Report of the Municipal Commissioner on the plague in Bombay for the year ending 31st May... - Volume 1
Disease focus: Plague
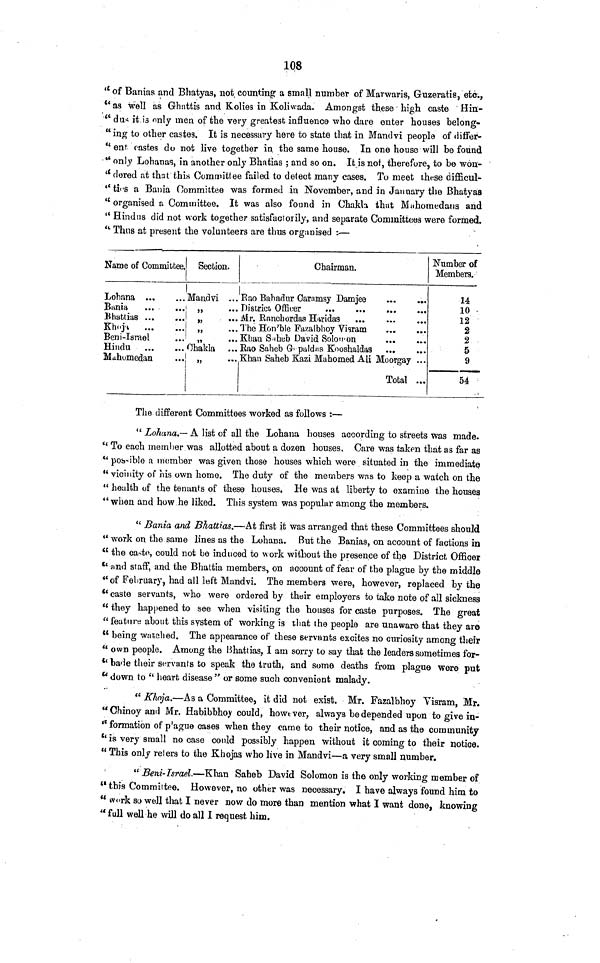
108
" of Banias and Bhatyas, not counting a small number of Marwaris, Guzeratis, etc.,
"as well as Ghnttis and Kolies in Koliwada. Amongst these high caste Hin-
" dus it is only men of the very greatest influence who dare enter houses belong-
"ing to other castes. It is necessary here to state that in Mandvi people of differ-
" ent castes do not live together in the same house. In one house will be found
" only Lohanas, in another only Bhatias ; and so on. It is not, therefore, to be won-
" dored at that this Committee failed to detect many cases. To meet these difficul-
" ties a Bania Committee was formed in November, and in January the Bhatyas
" organised a Committee. It was also found in Chakta that Mahomedans and
" Hindus did not work together satisfactorily, and separate Committees were formed.
" Thus at present the volunteers are thus organised :—
Name of Committee.
Lobana ...
Bania
Bhattias ...
Khoja
...
Beni-Israel
Hindu
Mahomedan
Section.
Mandvi
"
"
"
"
Ohakla
„
Chairman.
|
. Rao Bahadur Caramsy Damjee
. Mr. Ranchordas Haridas
. The Hon'ble Fazalbhoy Visram
. Khan Saheb David Solomon
. Rao Saheb Gopaldas Kooshaldas
. Khan Saheb Kazi Mahomed Ali Moorgay .
Total ...
Number of
Members.
14
10
12
2
2
5
9
54
The different Committees worked as follows :—
" Lohana.— A list of all the Lohana houses according to streets was made.
'' To each member was allotted about a dozen houses. Care was taken that as far as
" pobbible a member was given those houses which were situated in the immediate
" vicinity of Ms own home. The duty of the members was to keep a watch on the
" health of the tenants of these houses. He was at liberty to examine the houses
" when and how he liked. This system was popular among the members.
" Bania and Bhattias.—At first it was arranged that these Committees should
" work on the same lines as the Lohana. But the Banias, on account of factions in
" the caste, could not be induced to work without the presence of the District Officer
" and staff, and the Bhattia members, on account of fear of the plague by the middle
" of February, had all left Mandvi. The members were, however, replaced by the
"caste servants, who were ordered by their employers to take note of all sickness
" they happened to see when visiting the houses for caste purposes. The great
" feature about this system of working is that the people are unaware that they are
" being watched. The appearance of these servants excites no curiosity among their
"own people. Among the Bhattias, I am sorry to say that the leaders sometimes for-
" bade their servants to speak the truth, and some deaths from plague were put
" down to " heart disease " or some such convenient malady.
" Khoja.—As a Committee, it did not exist. Mr. Fazalbhoy Visram, Mr.
"CMnoyand Mr. Habibbhoy could, howtver, always be depended upon to give in-
" formation of plague cases when they came to their notice, and as the community
" is very small no case conld possibly happen without it coming to their notice.
" This only relers to the Khojas who live in Mandvi—a very small number.
" Beni-Israel.—Khan Saheb David Solomon is the only working member of
" this Committee. However, no other was necessary. I have always found him to
" work so well that I never now do more than mention what I want done, knowing
" full well he will do all I request him.